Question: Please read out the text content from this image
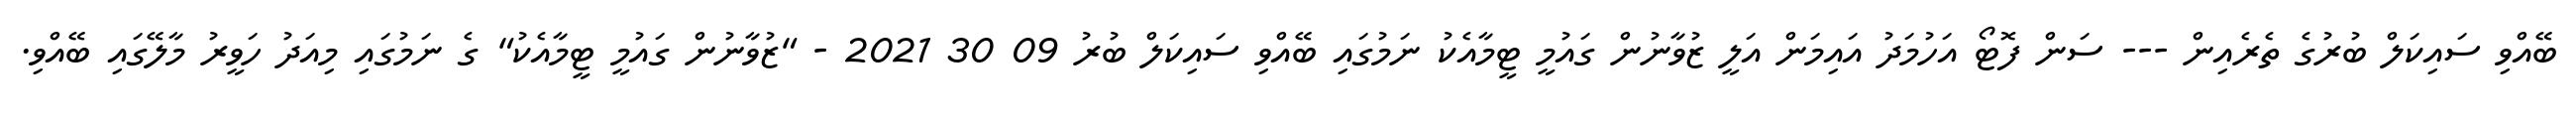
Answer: ބޭއްވި ސައިކަލް ބުރުގެ ތެރެއިން --- ސަން ފޮޓޯ އަހުމަދު އައިމަން އަލީ ޒުވާނުން ގައުމީ ޓީމާއެކު ނަމުގައި ބޭއްވި ސައިކަލް ބުރު 09 30 2021 - "ޒުވާނުން ގައުމީ ޓީމާއެކު" ގެ ނަމުގައި މިއަދު ހަވީރު މާލޭގައި ބޭއްވި.